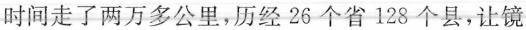
时间走了两万多公里，历经26个省128个县，让镜